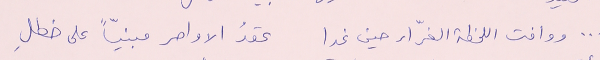
... ووافت اللحظة الغرّاء حين غدا		عقدُ الاواصر مبنيّاً على خطلِ